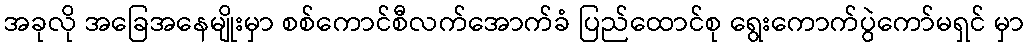
အခုလို အခြေအနေမျိုးမှာ စစ်ကောင်စီလက်အောက်ခံ ပြည်ထောင်စု ရွေးကောက်ပွဲကော်မရှင် မှာ